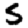
Digit: 5